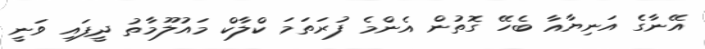
އޭނާގެ އަނިޔާއާ ބެހޭ ގޮތުން އެންމެ ފުރަތަމަ ކްލާކް މައުލޫމާތު ދީފައި ވަނީ